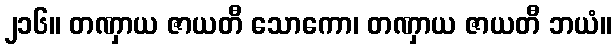
၂၁၆။ တဏှာယ ဇာယတီ သောကော၊ တဏှာယ ဇာယတီ ဘယံ။